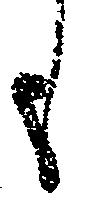
も